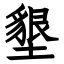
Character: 墾